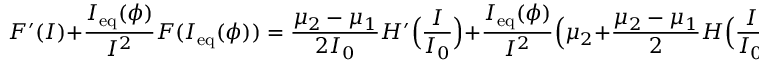
F ^ { \prime } ( I ) + \frac { I _ { \mathrm { e q } } ( \phi ) } { I ^ { 2 } } F ( I _ { \mathrm { e q } } ( \phi ) ) = \frac { \mu _ { 2 } - \mu _ { 1 } } { 2 I _ { 0 } } H ^ { \prime } \Big ( \frac { I } { I _ { 0 } } \Big ) + \frac { I _ { \mathrm { e q } } ( \phi ) } { I ^ { 2 } } \Big ( \mu _ { 2 } + \frac { \mu _ { 2 } - \mu _ { 1 } } { 2 } H \Big ( \frac { I } { I _ { 0 } } \Big ) \Big ) > 0 ,